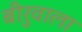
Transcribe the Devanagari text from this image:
बीरुवाला